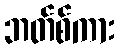
ဘတ်စ်ကား